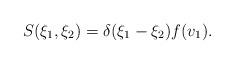
LaTeX: \begin{align*} S(\xi_1,\xi_2) = \delta(\xi_1-\xi_2) f(v_1).\end{align*}